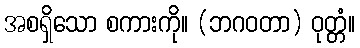
အစရှိသော စကားကို။ (ဘဂဝတာ) ဝုတ္တံ။